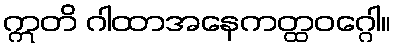
ဣတိ ဂါထာအနေကတ္ထဝဂ္ဂေါ။